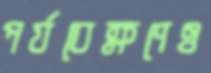
পর্যবেক্ষণেও